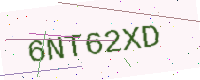
Text: 6NT62XD